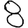
Digit: 8